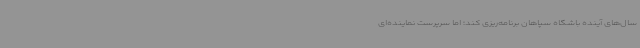
سال‌های آینده باشگاه سپاهان برنامه‌ریزی کند؛ اما سرپرست نماینده‌ای